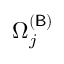
\Omega _ { j } ^ { ( \mathsf { B } ) }